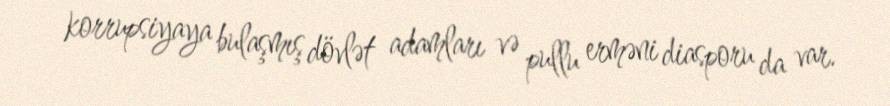
korrupsiyaya bulaşmış dövlət adamları və pullu erməni diasporu da var.